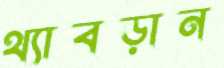
থ্যাবড়ান